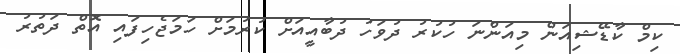
ކިމް ކާޑޭޝިއަން މިއަންނަ ހުކުރު ދުވަހު ދުބާއީއަށް ކުރުމަށް ހަމަޖެހިފައި އޮތް ދަތުރު